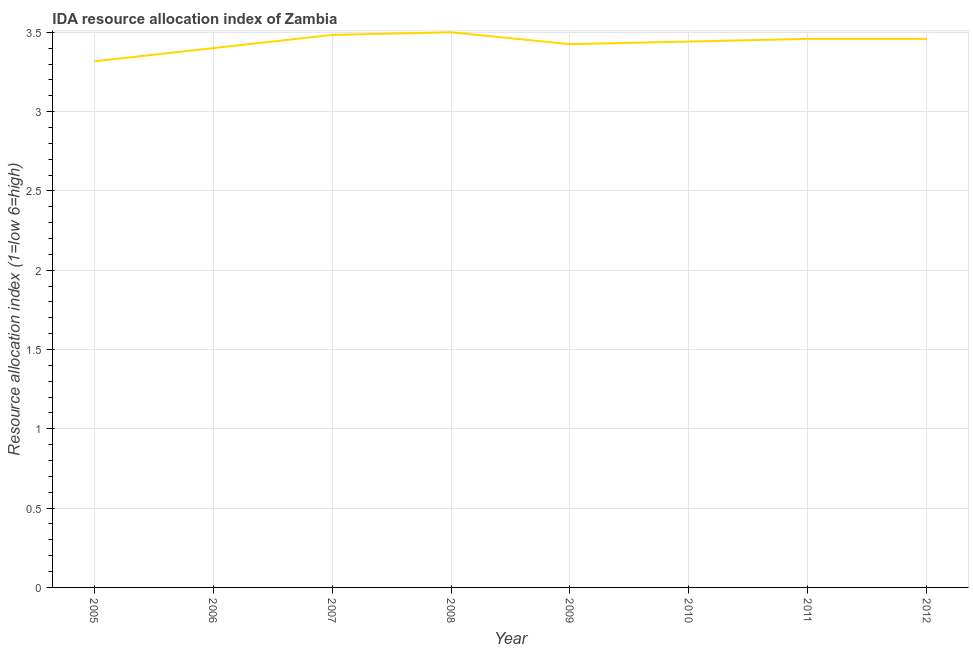
| Year | IDA resource allocation index |
 | --- | --- |
 | 2005 | 3.32 |
 | 2006 | 3.4 |
 | 2007 | 3.48 |
 | 2008 | 3.5 |
 | 2009 | 3.42 |
 | 2010 | 3.44 |
 | 2011 | 3.46 |
 | 2012 | 3.46 |